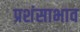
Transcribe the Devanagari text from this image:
प्रशंसाभाव